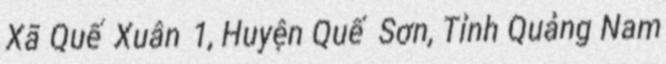
Xã Quế Xuân 1, Huyện Quế Sơn, Tỉnh Quảng Nam